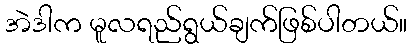
အဲဒါက မူလရည်ရွယ်ချက်ဖြစ်ပါတယ်။